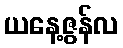
ယနေ့ဇွန်လ